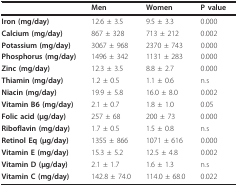
<table><thead><tr><td></td><td><b>Men</b></td><td><b>Women</b></td><td><b>P value</b></td></tr></thead><tbody><tr><td><b>Iron (mg/day)</b></td><td>12.6 ± 3.5</td><td>9.5 ± 3.3</td><td>0.000</td></tr><tr><td><b>Calcium (mg/day)</b></td><td>867 ± 328</td><td>713 ± 212</td><td>0.002</td></tr><tr><td><b>Potassium (mg/day)</b></td><td>3067 ± 968</td><td>2370 ± 743</td><td>0.000</td></tr><tr><td><b>Phosphorus (mg/day)</b></td><td>1496 ± 342</td><td>1131 ± 283</td><td>0.000</td></tr><tr><td><b>Zinc (mg/day)</b></td><td>12.3 ± 3.5</td><td>8.8 ± 2.7</td><td>0.000</td></tr><tr><td><b>Thiamin (mg/day)</b></td><td>1.2 ± 0.5</td><td>1.1 ± 0.6</td><td>n.s</td></tr><tr><td><b>Niacin (mg/day)</b></td><td>19.9 ± 5.8</td><td>16.0 ± 8.0</td><td>0.002</td></tr><tr><td><b>Vitamin B6 (mg/day)</b></td><td>2.1 ± 0.7</td><td>1.8 ± 1.0</td><td>0.05</td></tr><tr><td><b>Folic acid (μg/day)</b></td><td>257 ± 68</td><td>200 ± 73</td><td>0.000</td></tr><tr><td><b>Riboflavin (mg/day)</b></td><td>1.7 ± 0.5</td><td>1.5 ± 0.8</td><td>n.s</td></tr><tr><td><b>Retinol Eq (μg/day)</b></td><td>1355 ± 866</td><td>1071 ± 616</td><td>0.000</td></tr><tr><td><b>Vitamin E (mg/day)</b></td><td>15.3 ± 5.2</td><td>12.5 ± 4.8</td><td>0.002</td></tr><tr><td><b>Vitamin D (μg/day)</b></td><td>2.1 ± 1.7</td><td>1.6 ± 1.3</td><td>n.s</td></tr><tr><td><b>Vitamin C (mg/day)</b></td><td>142.8 ± 74.0</td><td>114.0 ± 68.0</td><td>0.022</td></tr></tbody></table>